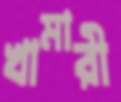
খামারী